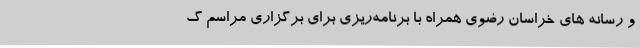
و رسانه های خراسان رضوی همراه با برنامه‌ریزی برای برگزاری مراسم گ